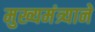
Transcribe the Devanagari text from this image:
मुख्यमंत्र्याने